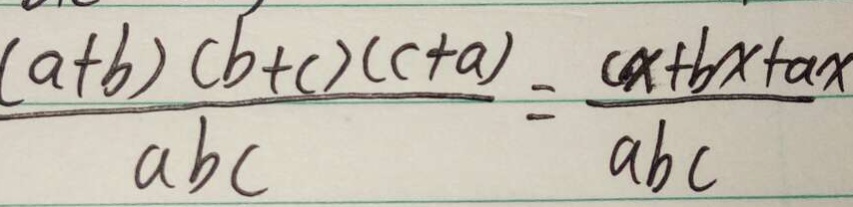
\frac { ( a + b ) ( b + c ) ( c + a ) } { a b c } = \frac { c x + b x + a x } { a b c }